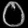
Digit: ၀